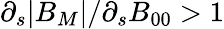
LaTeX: \partial_{s}|B_{M}|/\partial_{s}B_{00}>1